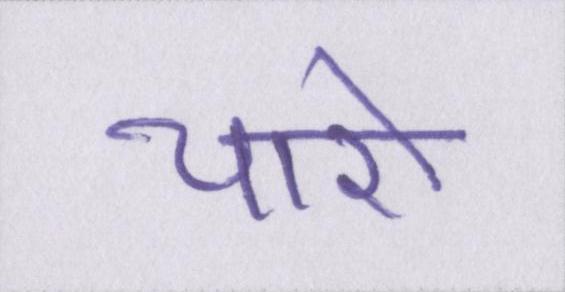
चारो